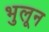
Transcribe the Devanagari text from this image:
भुलून